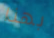
بهذا